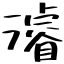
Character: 濬